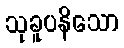
သုခူပနိသော